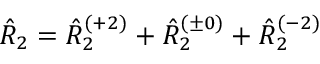
\begin{array} { r } { \hat { R } _ { 2 } = \hat { R } _ { 2 } ^ { ( + 2 ) } + \hat { R } _ { 2 } ^ { ( \pm 0 ) } + \hat { R } _ { 2 } ^ { ( - 2 ) } } \end{array}